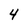
Character: 4